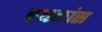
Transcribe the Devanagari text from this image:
स्थळांस